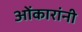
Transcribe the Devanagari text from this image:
ओंकारांनी